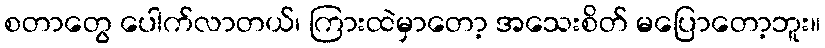
စတာတွေ ပေါက်လာတယ်၊ ကြားထဲမှာတော့ အသေးစိတ် မပြောတော့ဘူး။